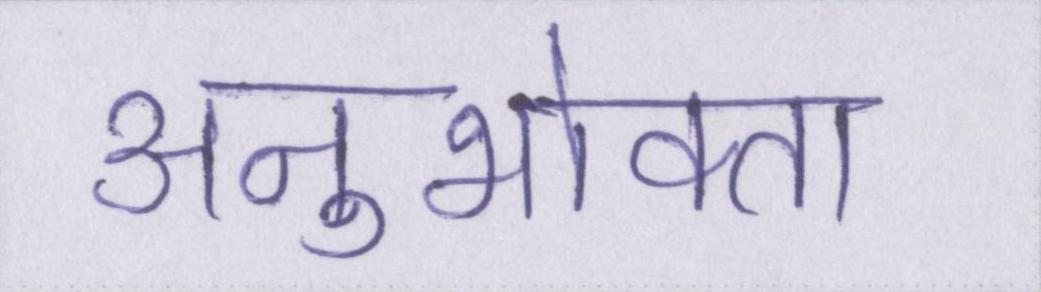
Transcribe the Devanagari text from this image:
अनुभोक्ता